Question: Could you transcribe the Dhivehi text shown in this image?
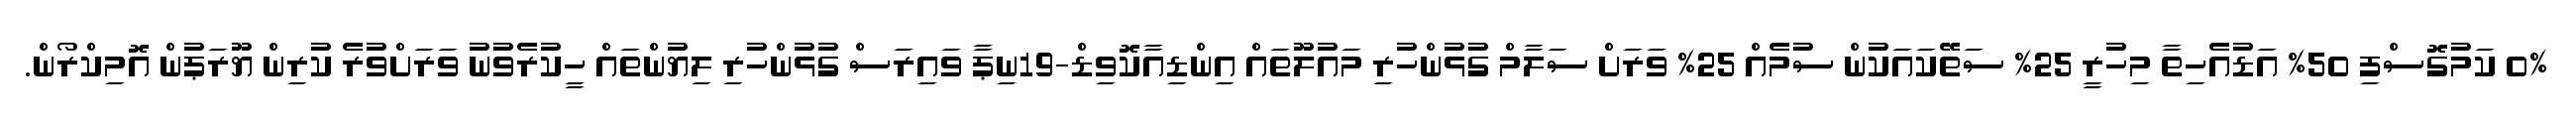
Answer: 0% ކަމުގޮސްފި 50% އަޑުއެހިތާ މިހުރީ 25% ސަތޭކައަކުން ސުމެއް 25% ވަރަށް ސަލާމް ގުޅުންހުރި މައުލޫތައް އިންޑިއާކޮވިޑް-19ނިޕާ ވައިރަސް ގުޅުންހުރި ލިޔުންތައް ހީކުރެވުނު ވަރަށްވުރެ ކުރިން ޔޫރަޕުން އޮމިކްރޯން.